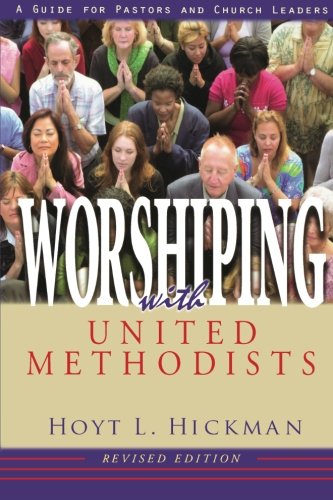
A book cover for Worshiping with United Methodists Revised Edition: A Guide for Pastors and Church Leaders; Hoyt L. Hickman; Christian Books & Bibles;